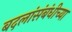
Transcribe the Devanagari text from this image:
बदलांसंबंधीच्या